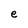
Character: e